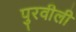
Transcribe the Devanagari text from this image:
पुरवीली